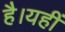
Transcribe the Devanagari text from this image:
है।यहीं